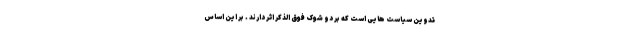
تدوین سیاست هایی است که بر دو شوک فوق الذکر اثر دارند . بر این اساس